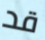
قد